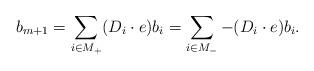
LaTeX: \begin{align*}b_{m+1}=\sum_{i\in M_+} (D_i\cdot e)b_i=\sum_{i\in M_-}-(D_i\cdot e)b_i.\end{align*}